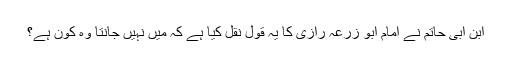
ابن ابی حاتم نے امام ابو زرعہ رازی کا یہ قول نقل کیا ہے کہ میں نہیں جانتا وہ کون ہے؟